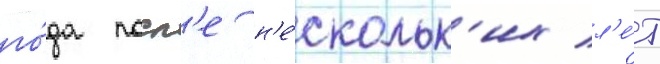
го́да посл'е н'е́скольк'их л'е́т